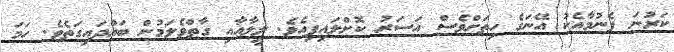
ކަރުނަ ފެނުމާއެކު އޭނަގެ ހިތަށްވެސް އަސަރު ކޮށްލައިފިއެވެ. ލީލާއާއި ގާތްވެލަމުން ބައްދައިގަތެވެ. ހަމަ